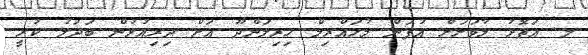
ލ. އަތޮޅު މާވަށަށް އުފަން މުހައްރިމް ހިރިލަންދޫ އަށް ދިރިއުޅުން ބަދަލު ކުރީ